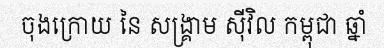
ចុងក្រោយ នៃ សង្គ្រាម ស៊ីវិល កម្ពុជា ឆ្នាំ